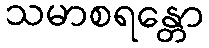
သမာစရန္တော